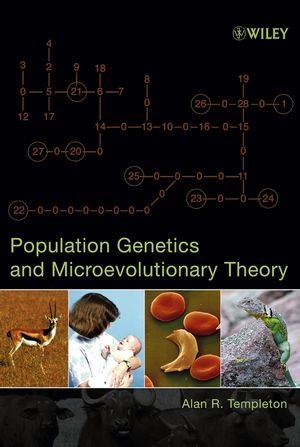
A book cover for Population Genetics and Microevolutionary Theory; Alan R. Templeton; Science & Math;